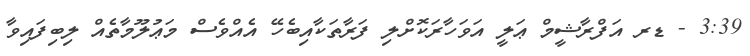
3:39 - ޑރ އަފްރާޝީމް ޢަލީ އަވަހާރަކޮށްލި ފަރާތަކާއިބެހޭ އެއްވެސް މަޢުލޫމާތެއް ލިބިފައިވާ